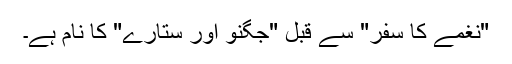
"نغمے کا سفر" سے قبل "جگنو اور ستارے" کا نام ہے۔